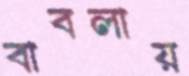
বাবলায়